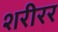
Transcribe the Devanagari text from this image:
शरीरर